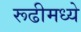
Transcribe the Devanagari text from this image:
रूढीमध्ये